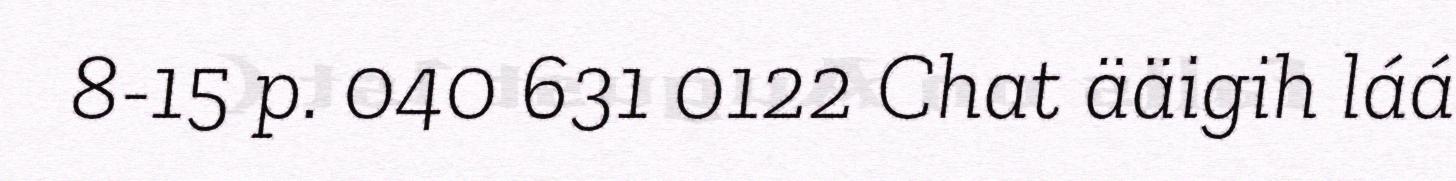
8-15 p. 040 631 0122 Chat ääigih láá